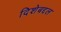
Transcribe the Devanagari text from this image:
दिशेबद्दल